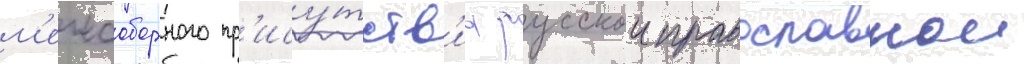
м'ежсоборного пр'ису́тств'иа русскои православнои